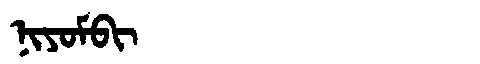
Manchu: ᠨᡳᠶᠣᠮᠪᡳ
Romanization: NIYOMBI